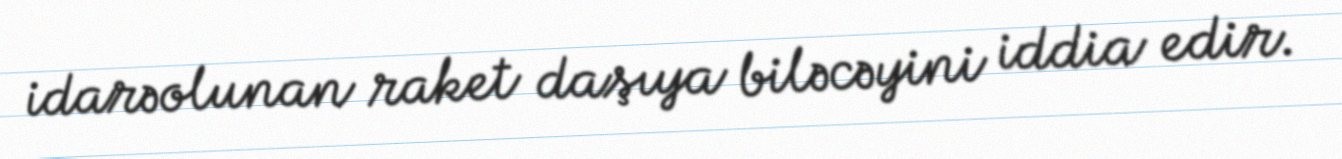
idarəolunan raket daşıya biləcəyini iddia edir.